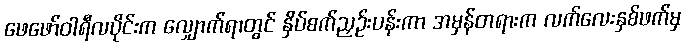
ဖေဖော်ဝါရီလပိုင်းက လျှောက်ရာတွင် နှိပ်စက်ညှဉ်းပန်းကာ အမှန်တရားက လက်လေးနှစ်ဖက်မှ